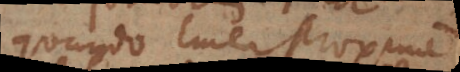
quando linea proxime